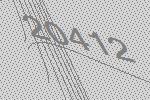
20412